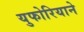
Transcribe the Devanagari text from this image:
युफोरियाने